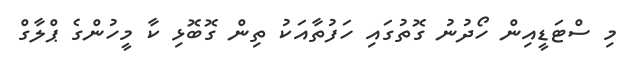
މި ސްޓަޑީއިން ހޯދުނު ގޮތުގައި ހަފުތާއަކު ތިން ގޮބޮޅި ކާ މީހުންގެ ޕްލާގް